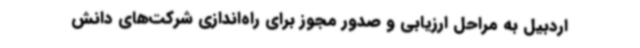
اردبیل به مراحل ارزیابی و صدور مجوز برای راه‌اندازی شرکت‌های دانش